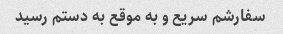
سفارشم سریع و به موقع به دستم رسید